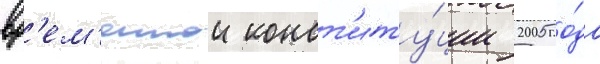
вр'ем'еннои конст'иту́ции 2005 го́да